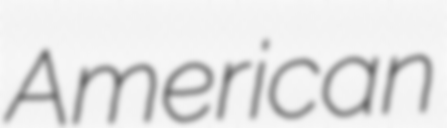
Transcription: American